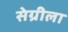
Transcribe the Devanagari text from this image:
सेग्रीला